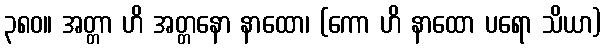
၃၈၀။ အတ္တာ ဟိ အတ္တနော နာထော၊ (ကော ဟိ နာထော ပရော သိယာ)